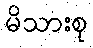
မိသားစု